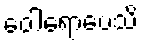
ဝေါရောပေသိ